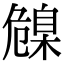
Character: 𦤞